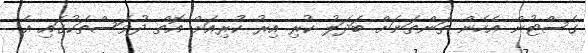
ގެސްޓުން އެހެން ތަންތަނަށް ބަދަލު ކުރި އިރު ކުރިއަށް އޮތް ދުވަސްތަކުގައި އެ